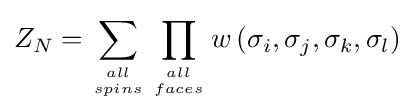
Z_{N}=\sum _{all \atop spins}\prod _{all \atop faces}w\left(\sigma _{i},\sigma _{j},\sigma _{k},\sigma _{l}\right)